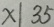
x \vert 3 5